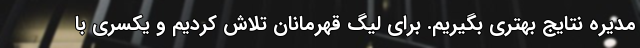
مدیره نتایج بهتری بگیریم. برای لیگ قهرمانان تلاش کردیم و یکسری با